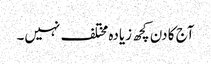
آج کا دن کچھ زیادہ مختلف نہیں۔